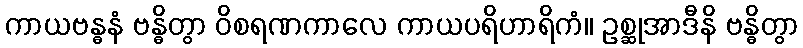
ကာယဗန္ဓနံ ဗန္ဓိတွာ ဝိစရဏကာလေ ကာယပရိဟာရိကံ။ ဥစ္ဆုအာဒီနိ ဗန္ဓိတွာ